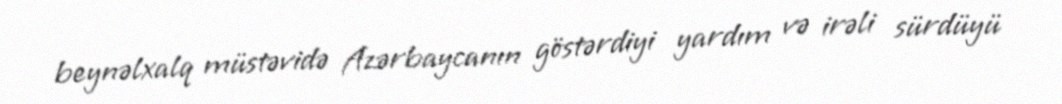
beynəlxalq müstəvidə Azərbaycanın göstərdiyi yardım və irəli sürdüyü